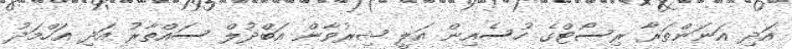
އަދި އަނަންތަރާ ރިސޯޓްގެ ހުސެއިން އަލީ ޝިރުވާން އަބްދުލް ސައްތާރު އަދި އަހްމަދު